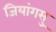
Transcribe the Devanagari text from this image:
जियांगसु